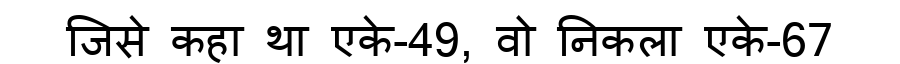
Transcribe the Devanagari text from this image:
जिसे कहा था एके-49, वो निकला एके-67